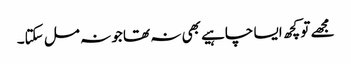
مجھے تو کچھ ایسا چاہیے بھی نہ تھا جو نہ مل سکتا۔